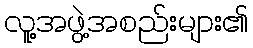
လူ့အဖွဲ့အစည်းများ၏